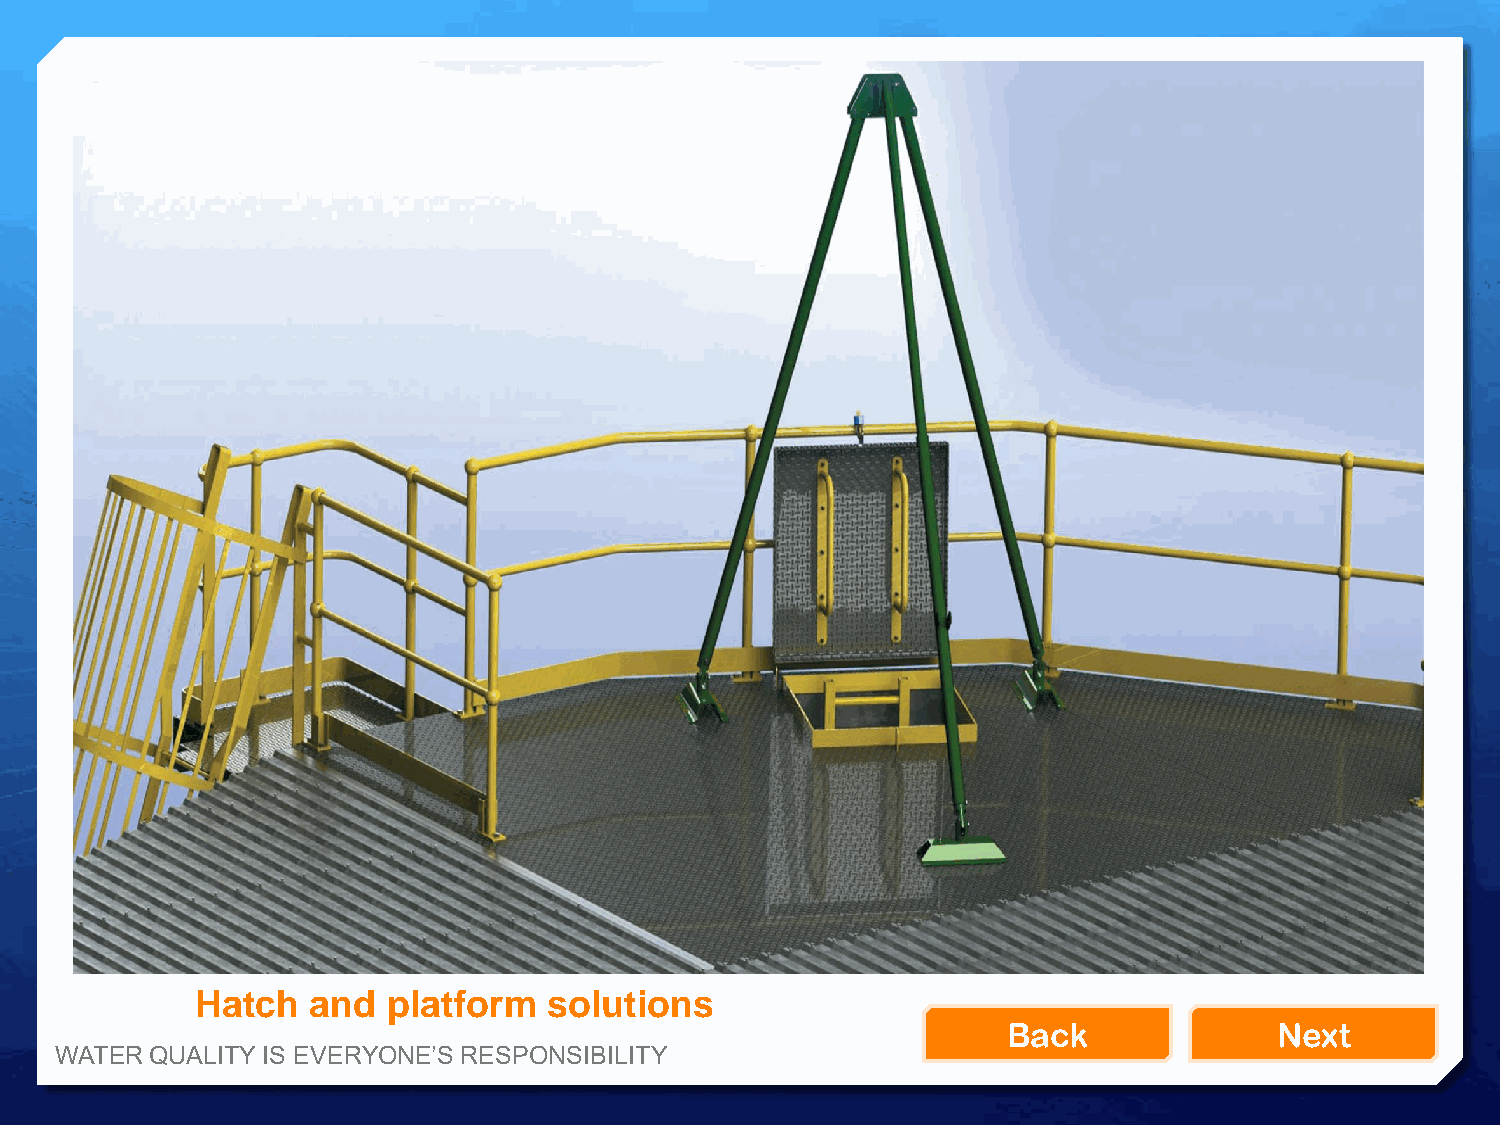
Hatch   and  platform  solutions
 Back              Next
 WATER QUALITY IS EVERYONE’S RESPONSIBILITY